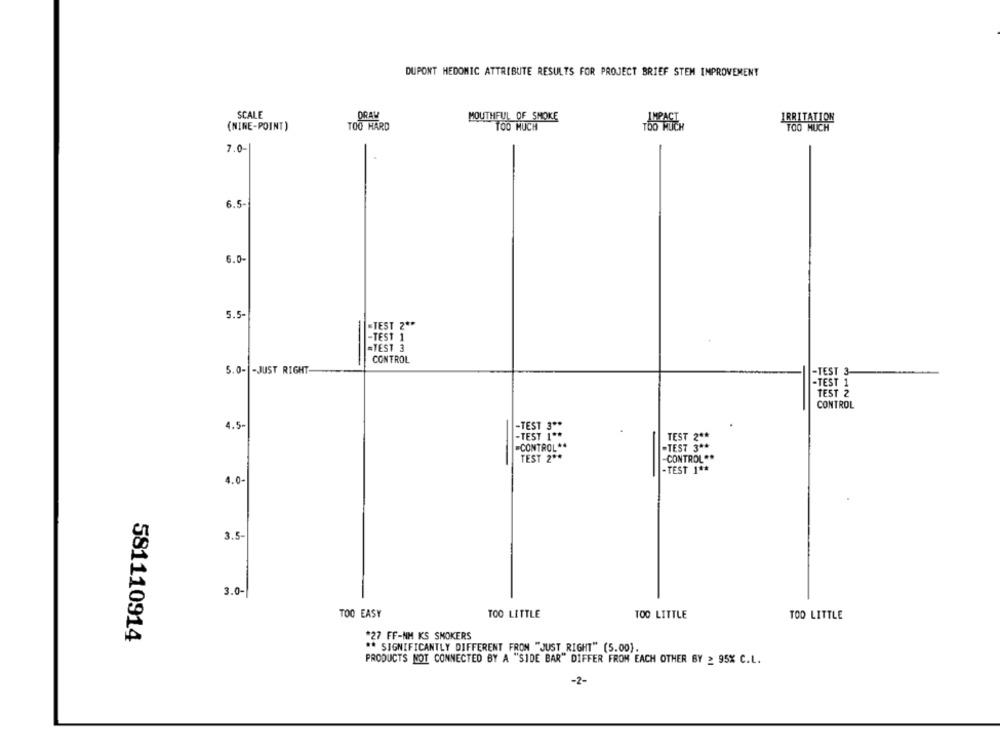
DUPONT HEDOMIC ATTRIBUTE RESULTS FOR PROJECT BRIEF STEM IMPROVEMENT
SCALE
MOUTHFUL OF SMOKE
(NINE-POINT)
TOO HARD
TOO MUCH
7.0-
6.5
6.0-
5.5-
"TEST 2 **
-TEST 1
=TEST 3
CONTROL
5.0- - JUST RIGHT-
-TEST 3-
-TEST 1
TEST 2
CONTROL
4.5-
-TEST 3 **
-TEST 1 **
TEST 2 **
.CONTROL **
-TEST 3 **
TEST 2 **
CONTROL **
. TEST 1 **
4.0-
3.5-
3.0-
TOO EASY
TOO LITTLE
TOO LITTLE
TOO LITTLE
581110914
*27 FF-NM KS SMOKERS
** SIGNIFICANTLY DIFFERENT FROM "JUST RIGHT" (5.00).
PRODUCTS NOT CONNECTED BY A "SIDE BAR" DIFFER FROM EACH OTHER BY > 95% C.L.
-2-